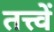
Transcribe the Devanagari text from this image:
तत्त्वें